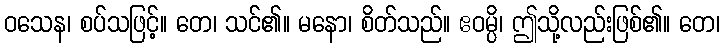
ဝသေန၊ စပ်သဖြင့်။ တေ၊ သင်၏။ မနော၊ စိတ်သည်။ ဧဝမ္ပိ၊ ဤသို့လည်းဖြစ်၏။ တေ၊